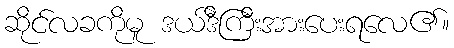
ဆိုင်လခကိုမူ ဒယ်ဒီကြီးအားပေးရလေ၏။